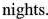
nights.